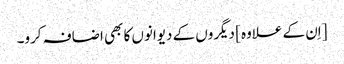
[اِن کے علاوہ] دیگروں کے دیوانوں کا بھی اضافہ کرو۔